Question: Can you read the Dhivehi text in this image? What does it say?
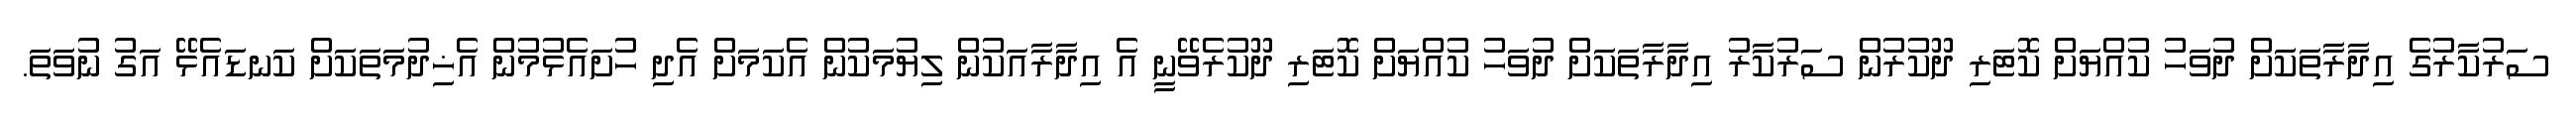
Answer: ސަރުކާރުގެ އިދާރާތަކަށް ދުވަހު ކުއްޔަށް ކޮޓަރި ދޫކުރުން ސަރުކާރު އިދާރާތަކަށް ދުވަހު ކުއްޔަށް ކޮޓަރި ދޫކުރެވޭނީ އެ އިދާރާއަކުން ލިޔުމަކުން އެކަމަށް އެދި ހުށައެޅުމުން އެޚިދުމަތަކަށް ކަނޑައެޅޭ އަގު ނުވަތަ.